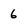
Character: 6